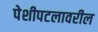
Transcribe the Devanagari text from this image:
पेशीपटलावरील